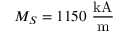
M _ { S } = 1 1 5 0 ~ \mathrm { \frac { k A } { m } }